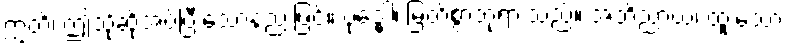
ဣတိ၊ ဤသို့ဆိုအပ်ပြီးသောနည်းဖြင့်။ ဗုဒ္ဓေါ၊ မြတ်စွာဘုရားသည်။ အဘိညာယ၊ ထူးသော